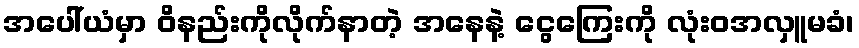
အပေါ်ယံမှာ ဝိနည်းကိုလိုက်နာတဲ့ အနေနဲ့ ငွေကြေးကို လုံးဝအလှူမခံ၊